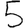
Digit: 5